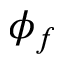
\phi _ { f }